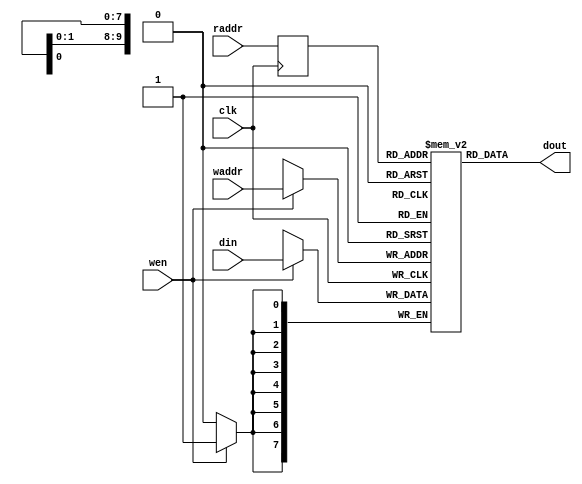
//======================================================================
// Copyright(c) 2020, Chengdu Sino Microelectronics Technology CO., LTD.
//                         All Right Reserved
//
//
// Description: 
//
// Version        Modified by        Date           Description
// 1              hr_li              2020-04-28     original
//
//======================================================================

module ram (/*autoarg*/
   // Outputs
   dout,
   // Inputs
   clk, wen, din, waddr, raddr
   );

//--------------------------------------------------------------------------------------------
//  parameter define
//--------------------------------------------------------------------------------------------
parameter					DWIDTH		=	8   		;
parameter					AWIDTH      =	10   		;

//--------------------------------------------------------------------------------------------
//  input & output
//--------------------------------------------------------------------------------------------
input						clk							;
input						wen							;
input  		[DWIDTH-1:0]	din							;
input  		[AWIDTH-1:0]	waddr						;
input  		[AWIDTH-1:0]	raddr						;

output 		[DWIDTH-1:0]	dout						;

//--------------------------------------------------------------------------------------------
//  reg define
//--------------------------------------------------------------------------------------------
reg			[DWIDTH-1:0]	ram			[2**AWIDTH-1:0] ;
reg			[AWIDTH-1:0]	raddr_reg					;

//--------------------------------------------------------------------------------------------
//  write operation
//--------------------------------------------------------------------------------------------
always@(posedge clk) begin
	if(wen) begin
		ram[waddr] <= din ;
	end
end

//--------------------------------------------------------------------------------------------
//  read operation
//--------------------------------------------------------------------------------------------
always@(posedge clk) begin
	raddr_reg <= raddr ;
end

assign  dout = ram[raddr_reg] ;

endmodule